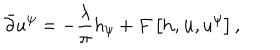
LaTeX: \bar { \partial } u ^ { \psi } = - { \frac { \lambda } { \pi } } h _ { \psi } + F \left[ { \bf h } , { \bf u } , u ^ { \psi } \right] ,